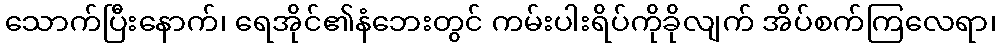
သောက်ပြီးနောက်၊ ရေအိုင်၏နံဘေးတွင် ကမ်းပါးရိပ်ကိုခိုလျက် အိပ်စက်ကြလေရာ၊